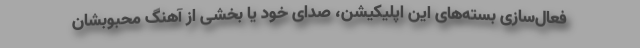
فعال‌سازی بسته‌های این اپلیکیشن، صدای خود یا بخشی از آهنگ محبوبشان